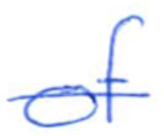
Text: of
Cross-out: mix
Writing tool: ballpoint